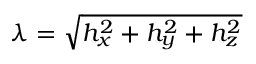
\lambda = \sqrt { h _ { x } ^ { 2 } + h _ { y } ^ { 2 } + h _ { z } ^ { 2 } }